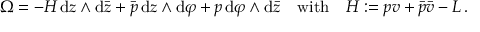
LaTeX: \Omega = - { \cal H } \, \mathrm { d } z \wedge \mathrm { d } \bar { z } + \bar { p } \, \mathrm { d } z \wedge \mathrm { d } \varphi + p \, \mathrm { d } \varphi \wedge \mathrm { d } \bar { z } \quad \mathrm { w i t h } \quad { \cal H } : = p v + \bar { p } \bar { v } - { \cal L } \, .